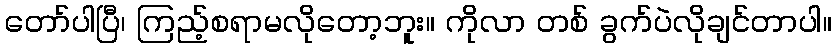
တော်ပါပြီ၊ ကြည့်စရာမလိုတော့ဘူး။ ကိုလာ တစ် ခွက်ပဲလိုချင်တာပါ။